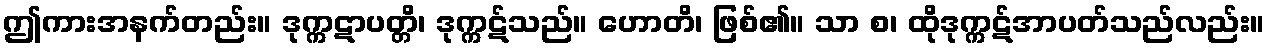
ဤကားအနက်တည်း။ ဒုက္ကဋာပတ္တိ၊ ဒုက္ကဋ်သည်။ ဟောတိ၊ ဖြစ်၏။ သာ စ၊ ထိုဒုက္ကဋ်အာပတ်သည်လည်း။